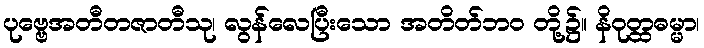
ပုဗ္ဗေအတီတဇာတီသု၊ လွန်လေပြီးသော အတိတ်ဘဝ တို့၌။ နိဝုတ္ထဓမ္မာ၊